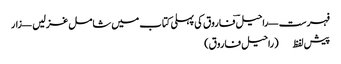
فہرست — راحیلؔ فاروق کی پہلی کتاب میں شامل غزلیں — زار
پیش لفظ (راحیل فاروق)